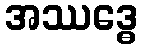
အဿဒ္ဓေ